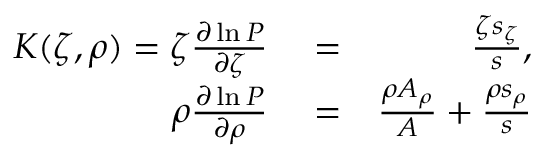
\begin{array} { r l r } { K ( \zeta , \rho ) = \zeta \frac { \partial \ln P } { \partial \zeta } } & { { } = } & { \frac { \zeta s _ { \zeta } } { s } , } \\ { \rho \frac { \partial \ln P } { \partial \rho } } & { { } = } & { \frac { \rho A _ { \rho } } { A } + \frac { \rho s _ { \rho } } { s } } \end{array}